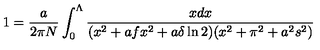
1 = { \frac { a } { 2 \pi N } } \int _ { 0 } ^ { \Lambda } { \frac { x d x } { ( x ^ { 2 } + a f x ^ { 2 } + a \delta \ln 2 ) ( x ^ { 2 } + \pi ^ { 2 } + a ^ { 2 } s ^ { 2 } ) } }